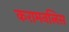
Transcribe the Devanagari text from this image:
करामनलिस